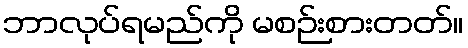
ဘာလုပ်ရမည်ကို မစဉ်းစားတတ်။